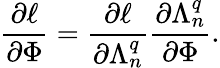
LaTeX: \frac{\partial\ell}{\partial\Phi}=\frac{\partial\ell}{\partial\Lambda_{n}^{q}}\frac{\partial\Lambda_{n}^{q}}{\partial\Phi}.